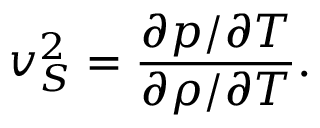
v _ { S } ^ { 2 } = \frac { \partial p / \partial T } { \partial \rho / \partial T } .